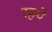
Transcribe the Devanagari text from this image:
रहथे